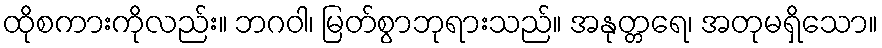
ထိုစကားကိုလည်း။ ဘဂဝါ၊ မြတ်စွာဘုရားသည်။ အနုတ္တရေ၊ အတုမရှိသော။